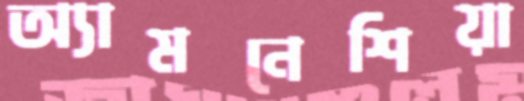
অ্যামনেশিয়া